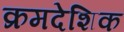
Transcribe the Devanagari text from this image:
क्रमदेशिक